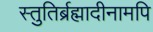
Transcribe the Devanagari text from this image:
स्तुतिर्ब्रह्मादीनामपि